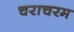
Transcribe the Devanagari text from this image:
चराचरम